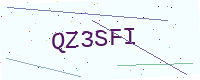
Text: QZ3SFI